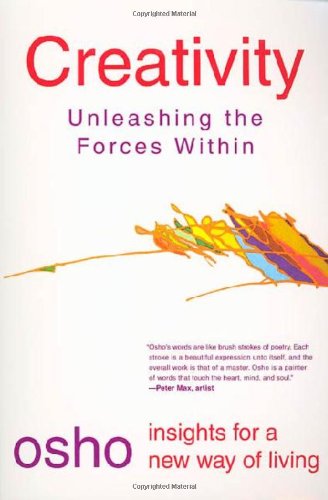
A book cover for Creativity: Unleashing the Forces Within (Osho Insights for a New Way of Living); Osho; Religion & Spirituality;